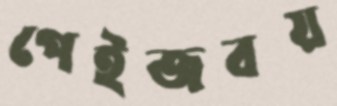
পেইজবয়